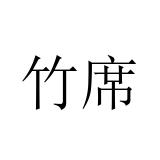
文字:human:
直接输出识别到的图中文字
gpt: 竹席